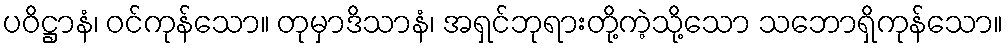
ပဝိဋ္ဌာနံ၊ ဝင်ကုန်သော။ တုမှာဒိသာနံ၊ အရှင်ဘုရားတို့ကဲ့သို့သော သဘောရှိကုန်သော။